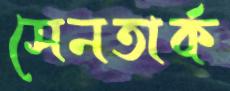
সেনতার্ক